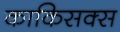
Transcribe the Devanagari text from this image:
काकिसक्स